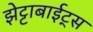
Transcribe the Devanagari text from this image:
झेट्टाबाईट्स